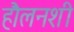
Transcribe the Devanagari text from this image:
हौलनशी